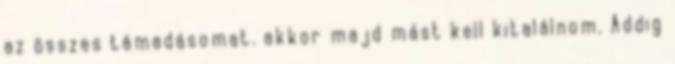
az összes támadásomat. akkor majd mást kell kitalálnom. Addig